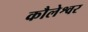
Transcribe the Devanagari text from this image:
कौलेश्वर